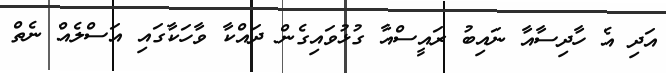
އަދި އެ ހާދިސާއާ ނައިބު ރައީސްއާ ގުޅުވައިގެން ދައްކާ ވާހަކާގައި އަސްލެއް ނެތް